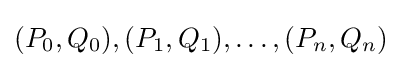
(P_{0},Q_{0}),(P_{1},Q_{1}),\ldots ,(P_{n},Q_{n})